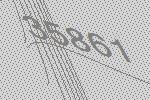
35861